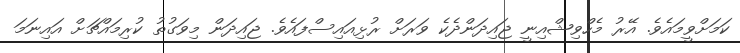
ކަމަށްވީމައެވެ. އޭރު މެހްވިޝްއިނީ ޖައިދަންދެކެ ވަރަށް ރުޅިއައިސްފައެވެ. ޖައިދަން މިވަގުތު ކުރިމައްޗަށް އައިނަމަ